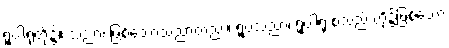
ရူပါရုံတို့၌။ သညာ၊ ဖြစ်သောသညာတည်း။ ရူပသညာ၊ ရူပါရုံ စသည် တို့၌ဖြစ်သော